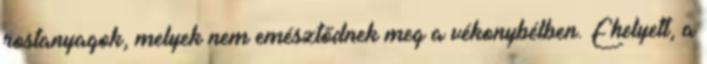
rostanyagok, melyek nem emésztődnek meg a vékonybélben. Ehelyett, a